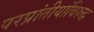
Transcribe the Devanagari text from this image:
परप्रांतीयांविरुद्ध